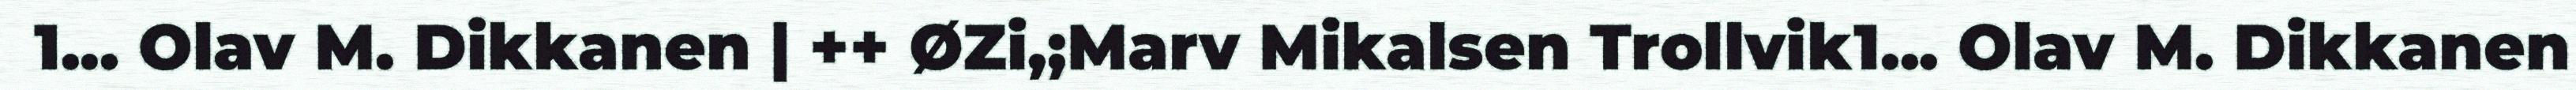
1... Olav M. Dikkanen | ++ ØZi,;Marv Mikalsen Trollvik1... Olav M. Dikkanen